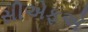
સીએફએ